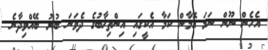
އެހެން ނޫން ނަމަ އޮމާން ކަމާ އެކީގައި އިންތިޚާބުގެ ދެވަނަ ބުރު ބޭއްވިދާނެ